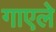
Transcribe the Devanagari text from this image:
गाएले